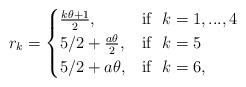
LaTeX: \begin{align*}r_k= \begin{cases} \frac{k\theta+1}{2}, & \mbox{if} \ \ k=1,...,4 \\ 5/2+\frac{a\theta}{2}, & \mbox{if} \ \ k=5\\ 5/2+a\theta, & \mbox{if} \ \ k=6, \end{cases}\end{align*}